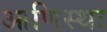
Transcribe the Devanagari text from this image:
आणिस्थः